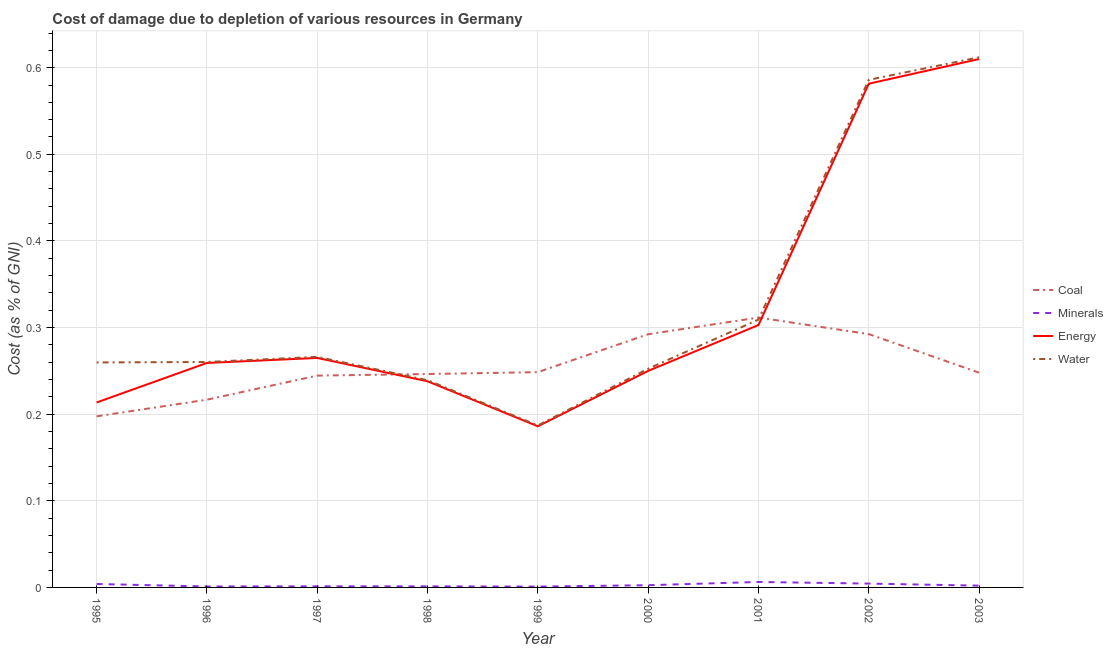
| Year | Coal | Minerals | Energy | Water |
 | --- | --- | --- | --- | --- |
 | 1995 | 0.198 | 0.00397 | 0.213 | 0.26 |
 | 1996 | 0.217 | 0.00111 | 0.259 | 0.26 |
 | 1997 | 0.245 | 0.00126 | 0.265 | 0.266 |
 | 1998 | 0.246 | 0.00123 | 0.238 | 0.239 |
 | 1999 | 0.249 | 0.000955 | 0.186 | 0.187 |
 | 2000 | 0.292 | 0.00256 | 0.25 | 0.253 |
 | 2001 | 0.312 | 0.0063 | 0.303 | 0.309 |
 | 2002 | 0.292 | 0.00443 | 0.582 | 0.586 |
 | 2003 | 0.248 | 0.00204 | 0.61 | 0.612 |